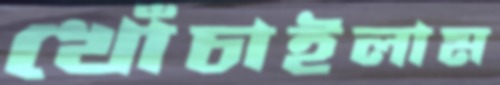
খোঁচাইলাম